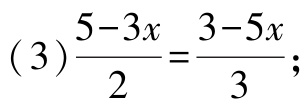
(3)$\frac{5 - 3x}{2}=\frac{3 - 5x}{3}$;